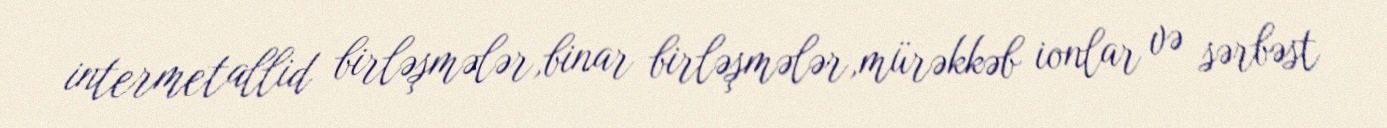
intermetallid birləşmələr,binar birləşmələr,mürəkkəb ionlar və sərbəst